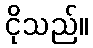
ငိုသည်။